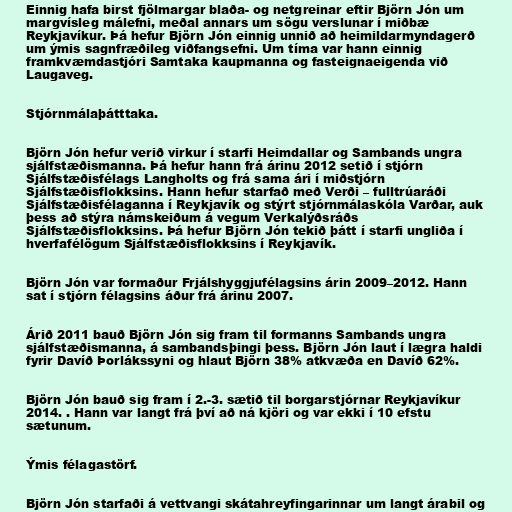
Einnig hafa birst fjölmargar blaða- og netgreinar eftir Björn Jón um
margvísleg málefni, meðal annars um sögu verslunar í miðbæ
Reykjavíkur. Þá hefur Björn Jón einnig unnið að heimildarmyndagerð
um ýmis sagnfræðileg viðfangsefni. Um tíma var hann einnig
framkvæmdastjóri Samtaka kaupmanna og fasteignaeigenda við
Laugaveg.

Stjórnmálaþátttaka.

Björn Jón hefur verið virkur í starfi Heimdallar og Sambands ungra
sjálfstæðismanna. Þá hefur hann frá árinu 2012 setið í stjórn
Sjálfstæðisfélags Langholts og frá sama ári í miðstjórn
Sjálfstæðisflokksins. Hann hefur starfað með Verði – fulltrúaráði
Sjálfstæðisfélaganna í Reykjavík og stýrt stjórnmálaskóla Varðar, auk
þess að stýra námskeiðum á vegum Verkalýðsráðs
Sjálfstæðisflokksins. Þá hefur Björn Jón tekið þátt í starfi ungliða í
hverfafélögum Sjálfstæðisflokksins í Reykjavík.

Björn Jón var formaður Frjálshyggjufélagsins árin 2009–2012. Hann
sat í stjórn félagsins áður frá árinu 2007.

Árið 2011 bauð Björn Jón sig fram til formanns Sambands ungra
sjálfstæðismanna, á sambandsþingi þess. Björn Jón laut í lægra haldi
fyrir Davíð Þorlákssyni og hlaut Björn 38% atkvæða en Davíð 62%.

Björn Jón bauð sig fram í 2.-3. sætið til borgarstjórnar Reykjavíkur
2014. . Hann var langt frá því að ná kjöri og var ekki í 10 efstu
sætunum.

Ýmis félagastörf.

Björn Jón starfaði á vettvangi skátahreyfingarinnar um langt árabil og